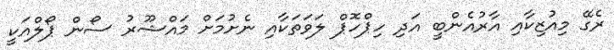
ރެގޭ މިއުޒިކާއި އާރުއެންބީ އަދި ހިޕްހޮޕް ލަވަތަކާއި ނެށުމަށް މައްޝޫރު ސޯން ޕޯލްއަކީ